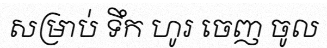
សម្រាប់ ទឹក ហូរ ចេញ ចូល